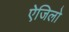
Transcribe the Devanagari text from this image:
ऐजिलो